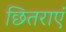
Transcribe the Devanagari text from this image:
छितराएं